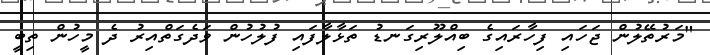
"މަރުތޭލުން ޖަހައި ފިހާރައިގެ ބިއްލޫރިގަނޑު ތަޅާލާފައި ފުލުހުން ވަދެގަތްއިރު ދެ މީހުން ތިބީ